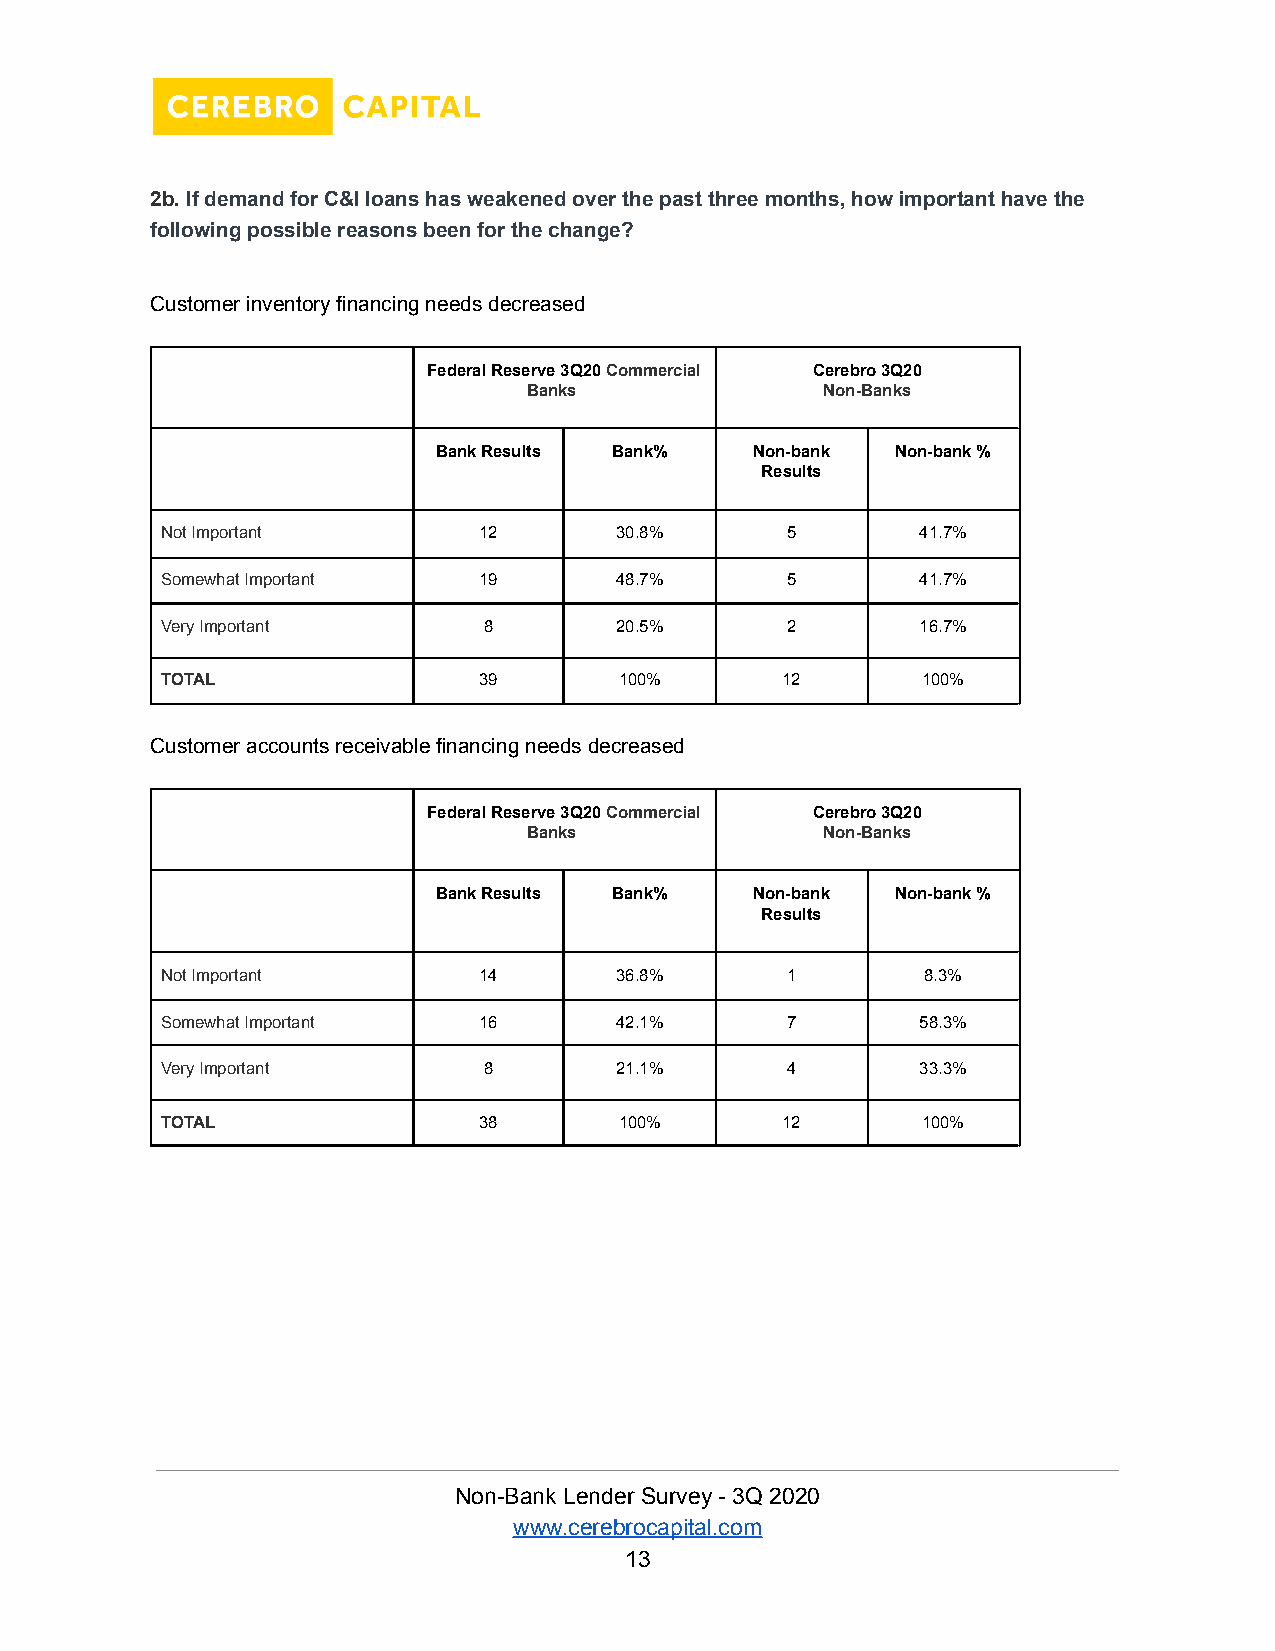
2b.If demand for C&I loans has weakened over thepast three months, how important have the
 following possible reasons been for the change?
 Customer inventory financing needs decreased
 Federal Reserve 3Q20Commercial Cerebro 3Q20
 Banks               Non-Banks
 Bank Results Bank%   Non-bank Non-bank %
 Results
 Not Important        12       30.8%      5        41.7%
 Somewhat Important   19       48.7%      5        41.7%
 Very Important       8        20.5%      2        16.7%
 TOTAL                39       100%       12       100%
 Customer accounts receivable financing needs decreased
 Federal Reserve 3Q20Commercial Cerebro 3Q20
 Banks               Non-Banks
 Bank Results Bank%   Non-bank Non-bank %
 Results
 Not Important        14       36.8%      1        8.3%
 Somewhat Important   16       42.1%      7        58.3%
 Very Important       8        21.1%      4        33.3%
 TOTAL                38       100%       12       100%
 Non-Bank Lender Survey - 3Q 2020
 www.cerebrocapital.com
 13